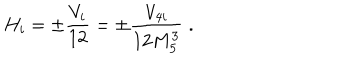
LaTeX: H _ { i } = \pm \frac { V _ { i } } { 1 2 } = \pm \frac { V _ { 4 i } } { 1 2 M _ { 5 } ^ { 3 } } \; .